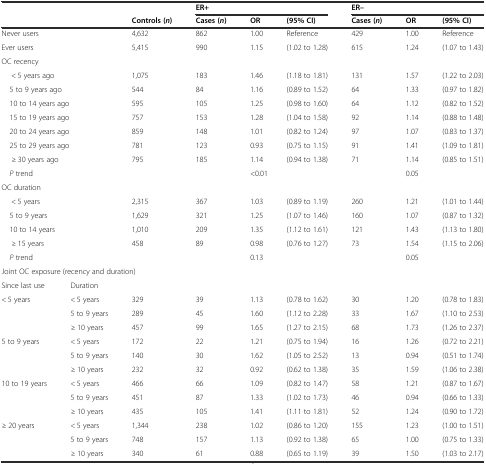
<table><thead><tr><td colspan="2"></td><td></td><td colspan="3"><b>ER+</b></td><td colspan="3"><b>ER–</b></td></tr><tr><td colspan="2"></td><td><b>Controls (<i>n</i>)</b></td><td><b>Cases (<i>n</i>)</b></td><td><b>OR</b></td><td><b>(95% CI)</b></td><td><b>Cases (<i>n</i>)</b></td><td><b>OR</b></td><td><b>(95% CI)</b></td></tr></thead><tbody><tr><td colspan="2">Never users</td><td>4,632</td><td>862</td><td>1.00</td><td>Reference</td><td>429</td><td>1.00</td><td>Reference</td></tr><tr><td colspan="2">Ever users</td><td>5,415</td><td>990</td><td>1.15</td><td>(1.02 to 1.28)</td><td>615</td><td>1.24</td><td>(1.07 to 1.43)</td></tr><tr><td colspan="2">OC recency</td><td></td><td></td><td></td><td></td><td></td><td></td><td></td></tr><tr><td colspan="2">&lt; 5 years ago</td><td>1,075</td><td>183</td><td>1.46</td><td>(1.18 to 1.81)</td><td>131</td><td>1.57</td><td>(1.22 to 2.03)</td></tr><tr><td colspan="2"> 5 to 9 years ago</td><td>544</td><td>84</td><td>1.16</td><td>(0.89 to 1.52)</td><td>64</td><td>1.33</td><td>(0.97 to 1.82)</td></tr><tr><td colspan="2"> 10 to 14 years ago</td><td>595</td><td>105</td><td>1.25</td><td>(0.98 to 1.60)</td><td>64</td><td>1.12</td><td>(0.82 to 1.52)</td></tr><tr><td colspan="2"> 15 to 19 years ago</td><td>757</td><td>153</td><td>1.28</td><td>(1.04 to 1.58)</td><td>92</td><td>1.14</td><td>(0.88 to 1.48)</td></tr><tr><td colspan="2"> 20 to 24 years ago</td><td>859</td><td>148</td><td>1.01</td><td>(0.82 to 1.24)</td><td>97</td><td>1.07</td><td>(0.83 to 1.37)</td></tr><tr><td colspan="2"> 25 to 29 years ago</td><td>781</td><td>123</td><td>0.93</td><td>(0.75 to 1.15)</td><td>91</td><td>1.41</td><td>(1.09 to 1.81)</td></tr><tr><td colspan="2">≥ 30 years ago</td><td>795</td><td>185</td><td>1.14</td><td>(0.94 to 1.38)</td><td>71</td><td>1.14</td><td>(0.85 to 1.51)</td></tr><tr><td colspan="2"> <i>P</i> trend</td><td></td><td></td><td colspan="2">&lt;0.01</td><td></td><td colspan="2">0.05</td></tr><tr><td colspan="2">OC duration</td><td></td><td></td><td></td><td></td><td></td><td></td><td></td></tr><tr><td colspan="2">&lt; 5 years</td><td>2,315</td><td>367</td><td>1.03</td><td>(0.89 to 1.19)</td><td>260</td><td>1.21</td><td>(1.01 to 1.44)</td></tr><tr><td colspan="2"> 5 to 9 years</td><td>1,629</td><td>321</td><td>1.25</td><td>(1.07 to 1.46)</td><td>160</td><td>1.07</td><td>(0.87 to 1.32)</td></tr><tr><td colspan="2"> 10 to 14 years</td><td>1,010</td><td>209</td><td>1.35</td><td>(1.12 to 1.61)</td><td>121</td><td>1.43</td><td>(1.13 to 1.80)</td></tr><tr><td colspan="2">≥ 15 years</td><td>458</td><td>89</td><td>0.98</td><td>(0.76 to 1.27)</td><td>73</td><td>1.54</td><td>(1.15 to 2.06)</td></tr><tr><td colspan="2"> <i>P</i> trend</td><td></td><td></td><td colspan="2">0.13</td><td></td><td colspan="2">0.05</td></tr><tr><td colspan="3">Joint OC exposure (recency and duration)</td><td></td><td></td><td></td><td></td><td></td><td></td></tr><tr><td>Since last use</td><td>Duration</td><td></td><td></td><td></td><td></td><td></td><td></td><td></td></tr><tr><td>&lt; 5 years</td><td>&lt; 5 years</td><td>329</td><td>39</td><td>1.13</td><td>(0.78 to 1.62)</td><td>30</td><td>1.20</td><td>(0.78 to 1.83)</td></tr><tr><td></td><td>5 to 9 years</td><td>289</td><td>45</td><td>1.60</td><td>(1.12 to 2.28)</td><td>33</td><td>1.67</td><td>(1.10 to 2.53)</td></tr><tr><td></td><td>≥ 10 years</td><td>457</td><td>99</td><td>1.65</td><td>(1.27 to 2.15)</td><td>68</td><td>1.73</td><td>(1.26 to 2.37)</td></tr><tr><td>5 to 9 years</td><td>&lt; 5 years</td><td>172</td><td>22</td><td>1.21</td><td>(0.75 to 1.94)</td><td>16</td><td>1.26</td><td>(0.72 to 2.21)</td></tr><tr><td></td><td>5 to 9 years</td><td>140</td><td>30</td><td>1.62</td><td>(1.05 to 2.52)</td><td>13</td><td>0.94</td><td>(0.51 to 1.74)</td></tr><tr><td></td><td>≥ 10 years</td><td>232</td><td>32</td><td>0.92</td><td>(0.62 to 1.38)</td><td>35</td><td>1.59</td><td>(1.06 to 2.38)</td></tr><tr><td>10 to 19 years</td><td>&lt; 5 years</td><td>466</td><td>66</td><td>1.09</td><td>(0.82 to 1.47)</td><td>58</td><td>1.21</td><td>(0.87 to 1.67)</td></tr><tr><td></td><td>5 to 9 years</td><td>451</td><td>87</td><td>1.33</td><td>(1.02 to 1.73)</td><td>46</td><td>0.94</td><td>(0.66 to 1.33)</td></tr><tr><td></td><td>≥ 10 years</td><td>435</td><td>105</td><td>1.41</td><td>(1.11 to 1.81)</td><td>52</td><td>1.24</td><td>(0.90 to 1.72)</td></tr><tr><td>≥ 20 years</td><td>&lt; 5 years</td><td>1,344</td><td>238</td><td>1.02</td><td>(0.86 to 1.20)</td><td>155</td><td>1.23</td><td>(1.00 to 1.51)</td></tr><tr><td></td><td>5 to 9 years</td><td>748</td><td>157</td><td>1.13</td><td>(0.92 to 1.38)</td><td>65</td><td>1.00</td><td>(0.75 to 1.33)</td></tr><tr><td></td><td>≥ 10 years</td><td>340</td><td>61</td><td>0.88</td><td>(0.65 to 1.19)</td><td>39</td><td>1.50</td><td>(1.03 to 2.17)</td></tr></tbody></table>